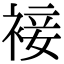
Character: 𧚪